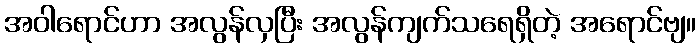
အဝါရောင်ဟာ အလွန်လှပြီး အလွန်ကျက်သရေရှိတဲ့ အရောင်ဗျ။